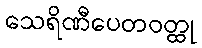
သေရိဏီပေတဝတ္ထု